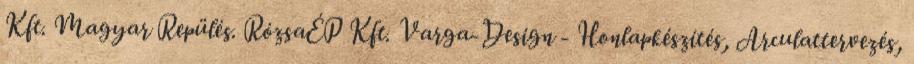
Kft. Magyar Repülés. RózsaÉP Kft. Varga-Design - Honlapkészítés, Arculattervezés,